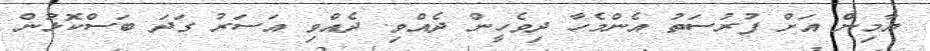
ޔާމިން އަށް ފުރުސަތު އެންމެހާ ދިވެހީން ދެއްވި. ދެއްވި އަސަރު ގަދަ ބަސްކޮޅުން